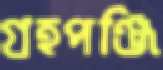
গ্রহপঞ্জি